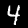
Label: 4